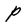
Character: P